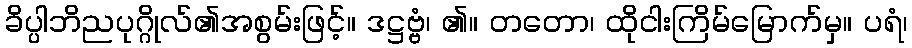
ခိပ္ပါဘိညပုဂ္ဂိုလ်၏အစွမ်းဖြင့်။ ဒဋ္ဌဗ္ဗံ၊ ၏။ တတော၊ ထိုငါးကြိမ်မြောက်မှ။ ပရံ၊